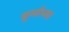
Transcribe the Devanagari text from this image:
कूर्माच्या